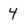
Character: 4